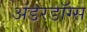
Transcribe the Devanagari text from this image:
अंडरडॉग्स